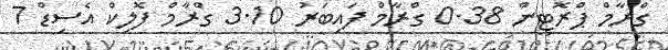
ގްރާމް ޕްރޮޓީން 0.38 ގްރާމް ފައިބަރު 3.10 ގްރާމް ފޮލިކް އެސިޑް 7